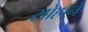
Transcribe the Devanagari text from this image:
सोहाने